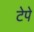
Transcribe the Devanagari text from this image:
टेपे